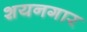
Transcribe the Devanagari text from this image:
शयनगार